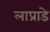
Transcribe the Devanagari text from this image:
लाप्राडे